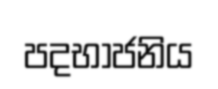
පදභාජනිය